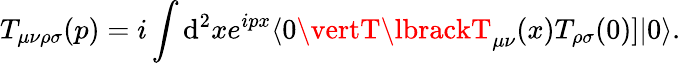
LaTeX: T_{\mu\nu\rho\sigma}(p)=i\int\mathrm{d}^{2}xe^{ipx}\langle0\vertT\lbrackT_{\mu\nu}(x)T_{\rho\sigma}(0)\rbrack\vert0\rangle.